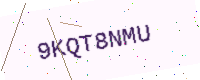
Text: 9KQT8NMU